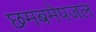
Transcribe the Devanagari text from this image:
छमबमेपजल